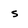
Character: s